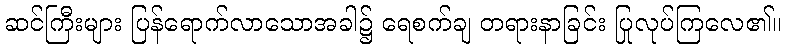
ဆင်ကြီးများ ပြန်ရောက်လာသောအခါ၌ ရေစက်ချ တရားနာခြင်း ပြုလုပ်ကြလေ၏။